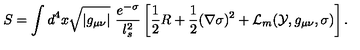
S = \int d ^ { 4 } x \sqrt { | g _ { \mu \nu } | } \ \frac { e ^ { - \sigma } } { l _ { s } ^ { 2 } } \left[ { \frac { 1 } { 2 } } R + { \frac { 1 } { 2 } } ( \nabla \sigma ) ^ { 2 } + { \cal L } _ { m } ( { \cal Y } , g _ { \mu \nu } , \sigma ) \right] .